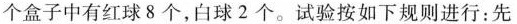
个盒子中有红球8个，白球2个。试验按如下规则进行：先